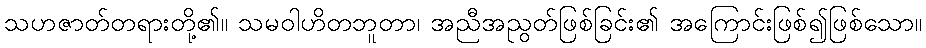
သဟဇာတ်တရားတို့၏။ သမဝါဟိတဘူတာ၊ အညီအညွတ်ဖြစ်ခြင်း၏ အကြောင်းဖြစ်၍ဖြစ်သော။